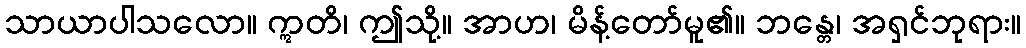
သာယာပါသလော။ ဣတိ၊ ဤသို့။ အာဟ၊ မိန့်တော်မူ၏။ ဘန္တေ၊ အရှင်ဘုရား။